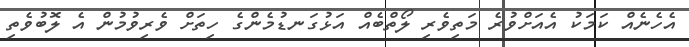
އެހެނެއް ކަމަކު އެއަށްވުރެ މަތިވެރި ލޯތްބެއް އަޅުގަނޑުމެންގެ ހިތަށް ވެރިވުމުން އެ ލޮބުވެތި